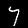
Label: 7